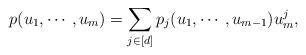
LaTeX: \begin{align*} p(u_1,\cdots,u_m) = \sum_{j\in [d]} p_j(u_1,\cdots,u_{m-1})u_m^j,\end{align*}